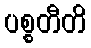
ပစ္စတီတိ